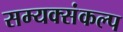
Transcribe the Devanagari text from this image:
सम्यक्संकल्प